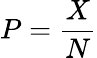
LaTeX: P={\frac{X}{N}}